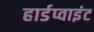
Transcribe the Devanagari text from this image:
हार्डप्वाइंट